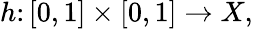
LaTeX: h\colon[0,1]\times[0,1]\to X,